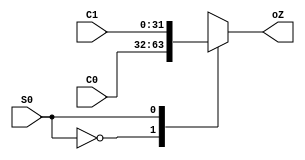
//////////////////////////////////////////////////////////////////////////////////
// 
// Project Name: Multi-cycle CPU with 54 Instructions Based on MIPS Architecture
//////////////////////////////////////////////////////////////////////////////////

`timescale 1ns / 1ps

module mux2(
    input [31:0] C0,
    input [31:0] C1,
    input S0,
    output reg [31:0] oZ
    );

    always @ (C0 or C1 or S0) begin
        case(S0)
            1'b0: oZ <= C0;
            1'b1: oZ <= C1;
        endcase
   end
   
endmodule